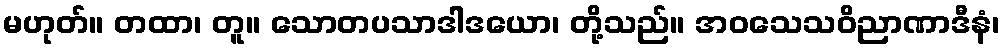
မဟုတ်။ တထာ၊ တူ။ သောတပသာဒါဒယော၊ တို့သည်။ အဝသေသဝိညာဏာဒီနံ၊